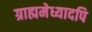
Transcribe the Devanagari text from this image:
ग्राह्ममेध्यादपि